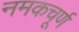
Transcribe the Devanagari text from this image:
नमकचूर्ण